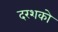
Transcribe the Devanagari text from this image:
दरशको